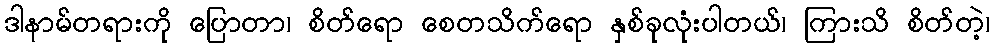
ဒါနာမ်တရားကို ပြောတာ၊ စိတ်ရော စေတသိက်ရော နှစ်ခုလုံးပါတယ်၊ ကြားသိ စိတ်တဲ့၊